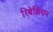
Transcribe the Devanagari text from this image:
रिबेल्लियन